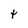
Character: t